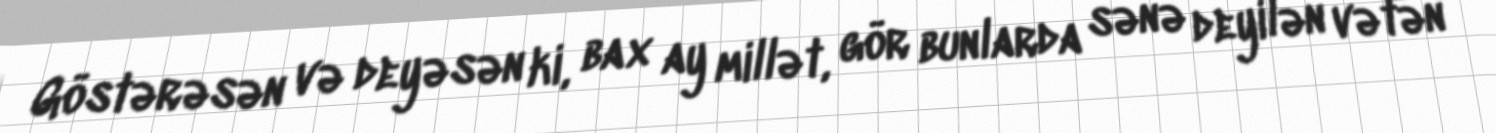
Göstərəsən və deyəsən ki, bax ay millət, gör bunlarda sənə deyilən vətən